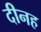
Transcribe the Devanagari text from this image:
दीनह